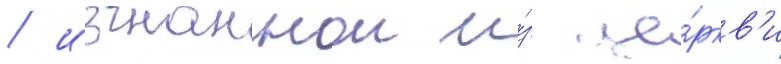
/ изгнаннои и́з це́ркв'и